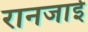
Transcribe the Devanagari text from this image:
रानजाई